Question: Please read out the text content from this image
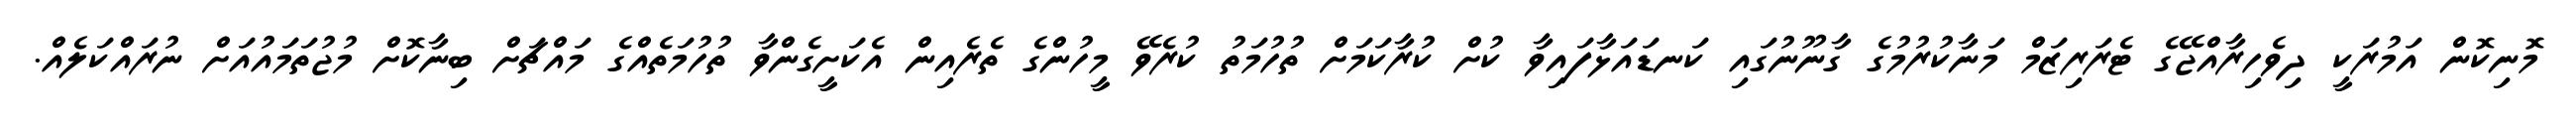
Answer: މޮނިކޮން އަމުރަކީ ދިވެހިރާއްޖޭގެ ޓެރަރިޒަމް މަނާކުރުމުގެ ގާނޫނުގައި ކަނޑައަޅާފައިވާ ކުށް ކުރާކަމަށް ތުހުމަތު ކުރެވޭ މީހުންގެ ތެރެއިން އެކަށީގެންވާ ތުހުމަތެއްގެ މައްޗަށް ބިނާކޮށް މުޖުތަމައުއަށް ނުރައްކަލެއް.